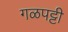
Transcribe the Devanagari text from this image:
गळपट्टी